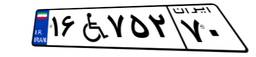
۱۶W۷۵۲۷۰